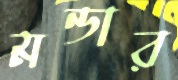
মন্ডার